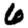
Digit: 6